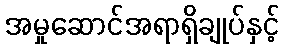
အမှုဆောင်အရာရှိချုပ်နှင့်